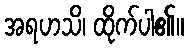
အရဟသိ၊ ထိုက်ပါ၏။